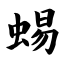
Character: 蜴